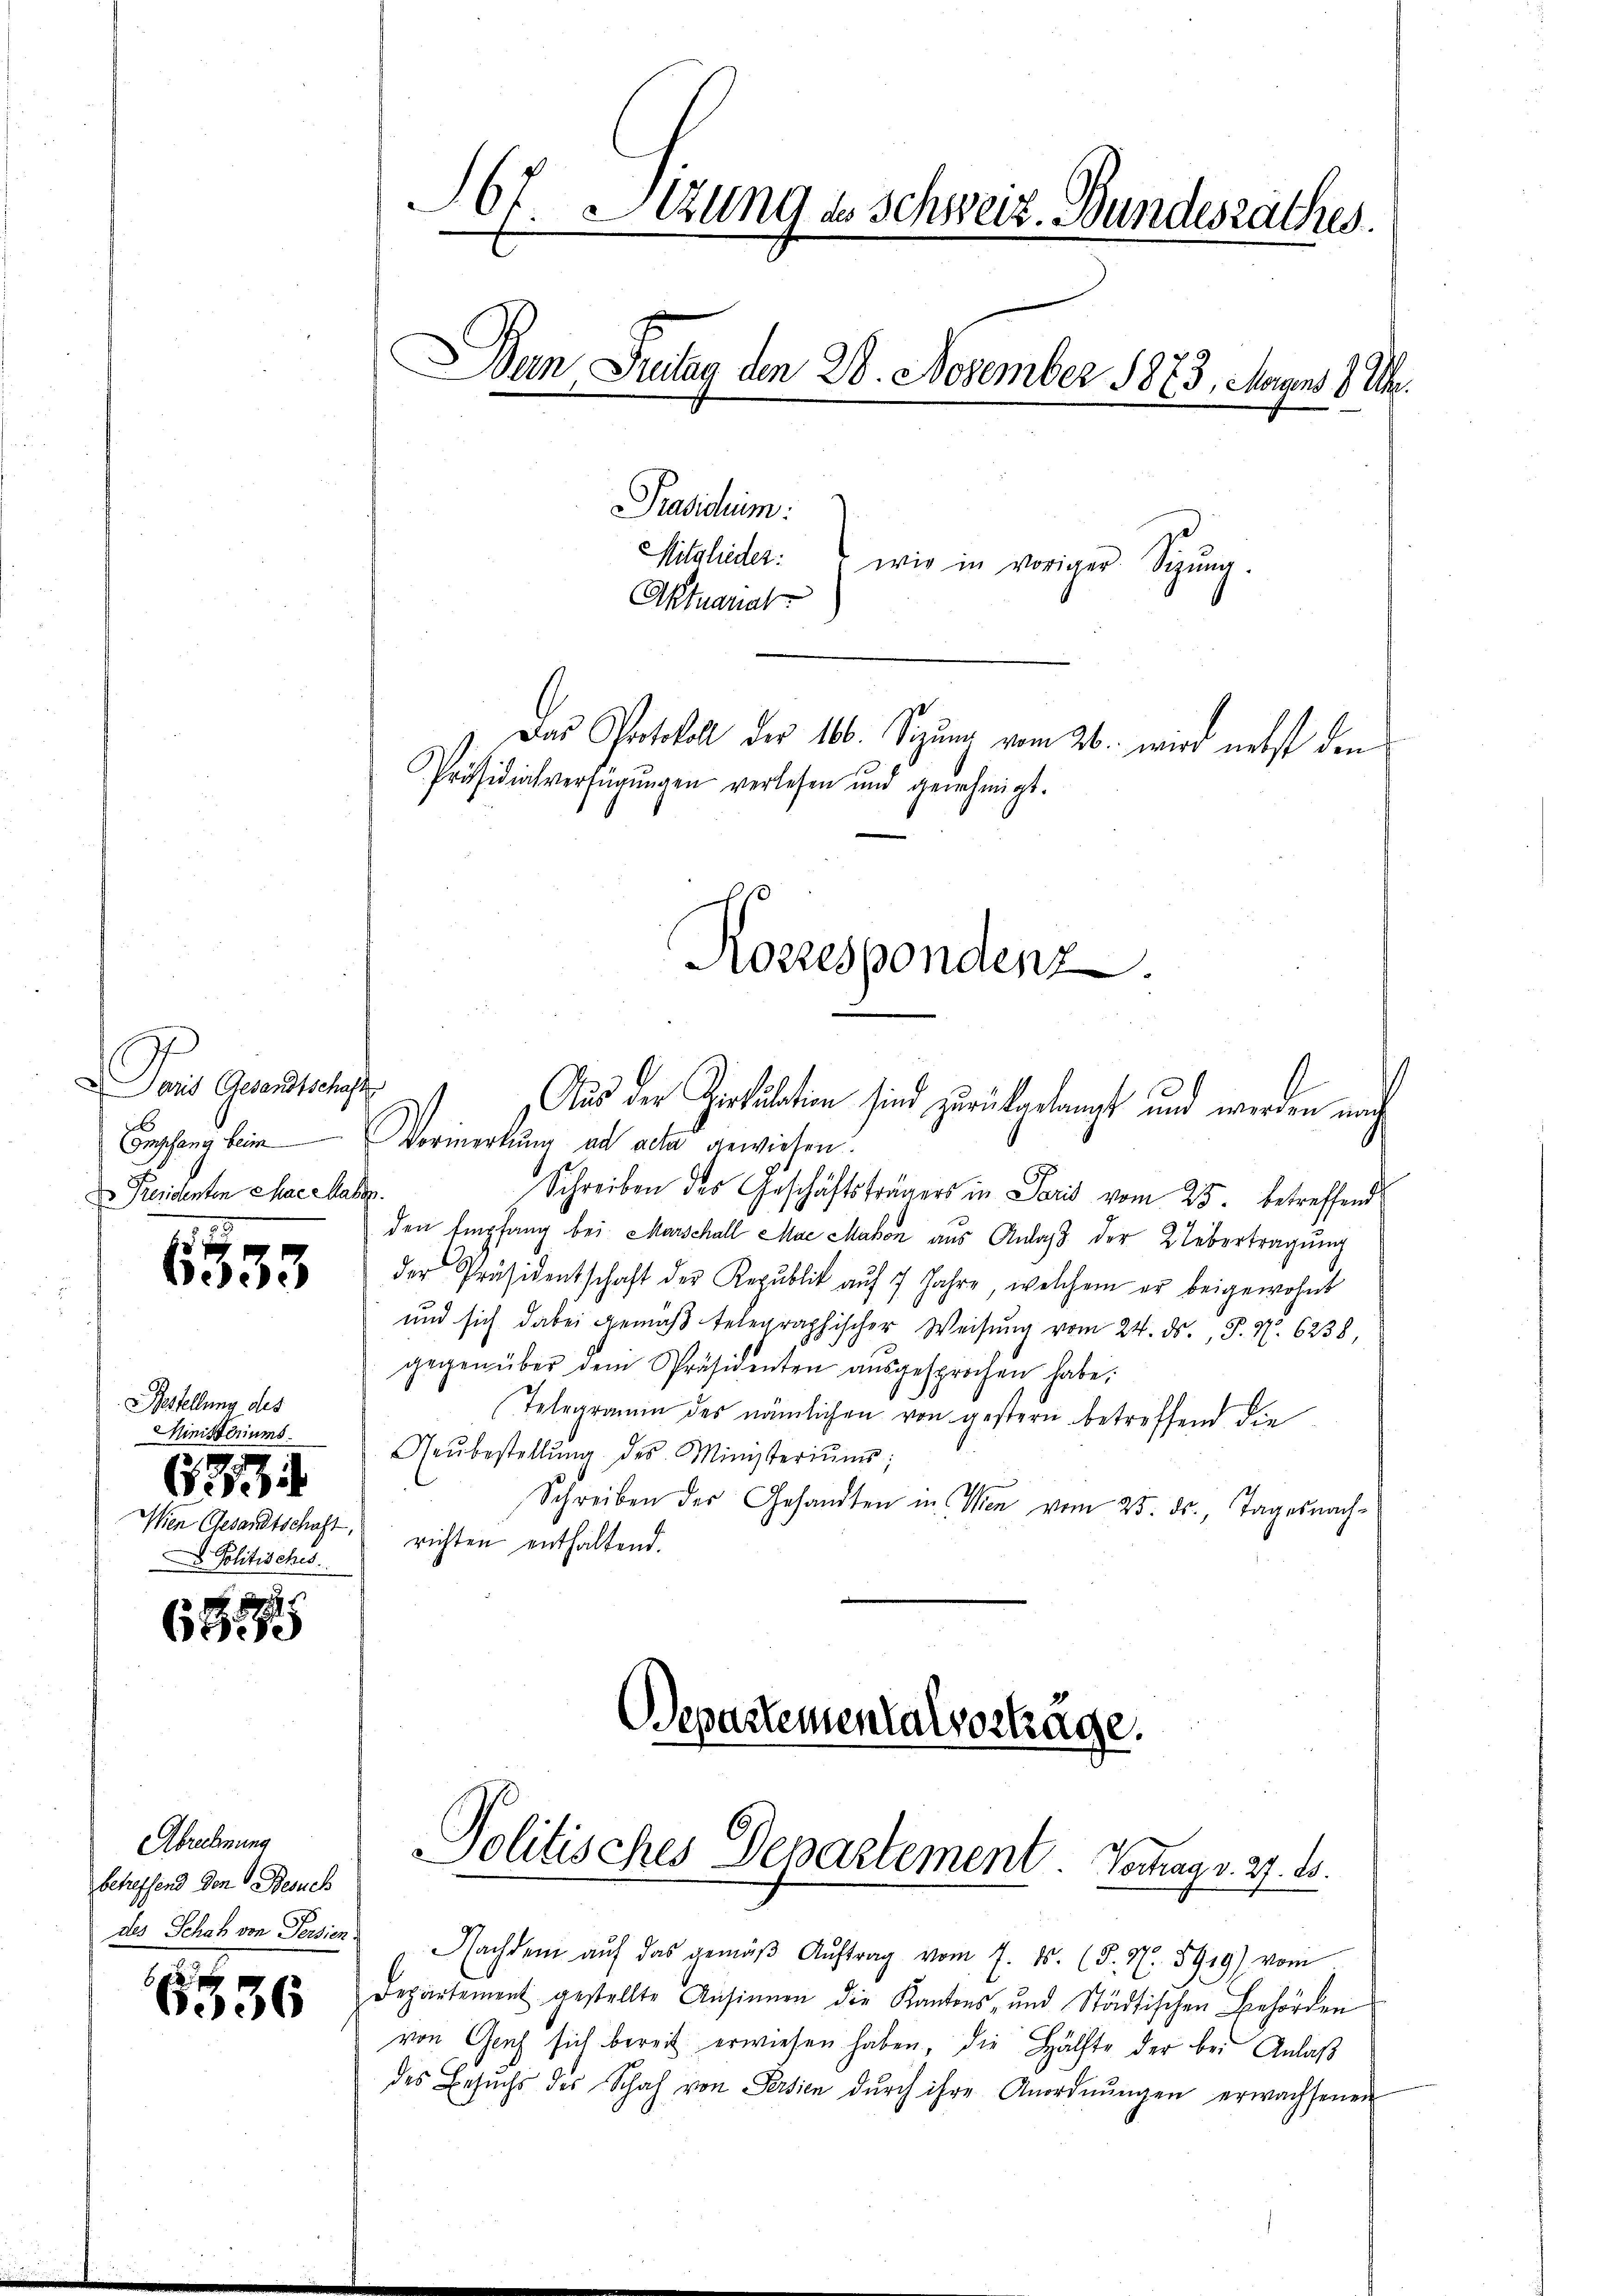
Paris Gesandtschafts
Empfang beim
D Presidenten Mac Makr.

5

Bestellung des
Ministeriums
G3
Wien Gesandtschaft.
 Politisches.

.
61.19

Abrechnung
betreffend den Besuch
des Schaf von Persien

6336

I6t Etzung in Schweiz. Bundesrathes.
Bun Fritag den 28. November 1873. Mayns 8 Uhr.
Pradidium:
Mitglieder: wie in voriger Sigŭng.
Aktuariat
Das Protokoll der 166. Sizung vom 26. wird nebst den
Präsidialverfügŭngen verlesen und genehmigt.

Vormerkung ad acta gewiesen.
Schreiben des Geschäftsträgers in Paris vom 25. betreffend
den Empfang bei Marschall Mai Mabon aus Anlass der Uebertragung
der Präsidentschaft der Republik aŭf 7 Jahre, welchem er beigewohnt
und sich dabei gemäβ telegraphischer Weisŭng vom 24. ds., S. Nr. 6238
gegenüber dem Präsidenten aŭsgesprochen habe;
Telegramin des nämlichen von gestern betreffend die
Neŭbestellŭng des Ministeriŭms;
Schreiben des Gesandten in Wien vom 25. ds., Tages nach-
richten enthaltend.
Departementalvortrage.

Aus der Zirkulation sind zurückgelangt und werden nach

Rozzespondenz

Nachdem aŭf das gemäβ Aŭftrag vom 7. ds. (§. N. 5919) vom
Departement gestellte Ansinnen die Kantons- und Städtischen Behörden
von Geich sich bereit erwiesen haben, die Hälfte der bei Anlaß
des Besuchs des Schaf von Persien dŭrch ihre Anordnŭngen erwachsenen

Politisches Departement Verhag v. 27. 15.